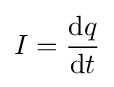
I={\frac {\mathrm {d} q}{\mathrm {d} t}}